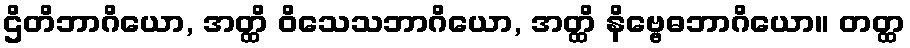
ဌိတိဘာဂိယော, အတ္ထိ ဝိသေသဘာဂိယော, အတ္ထိ နိဗ္ဗေဓဘာဂိယော။ တတ္ထ